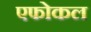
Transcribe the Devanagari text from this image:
एफोकल